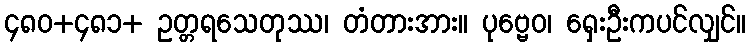
၄၈၀+၄၈၁+ ဥတ္တရသေတုဿ၊ တံတားအား။ ပုဗ္ဗေဝ၊ ရှေးဦးကပင်လျှင်။